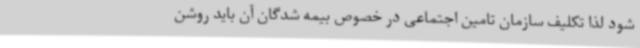
شود لذا تکلیف سازمان تامین اجتماعی در خصوص بیمه شدگان آن باید روشن